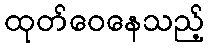
ထုတ်ဝေနေသည့်